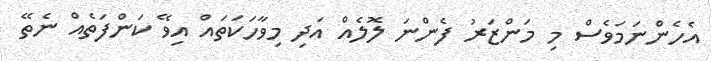
އެހެންނަމަވެސް މި މަންޒަރު ފެންނަ ލޮލެއް އަދި މިވާހަކަތައް އިވޭ ކަންފަތެއް ނެތޭ